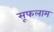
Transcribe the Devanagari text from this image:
सूफलाम